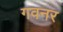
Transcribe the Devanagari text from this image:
गवनर